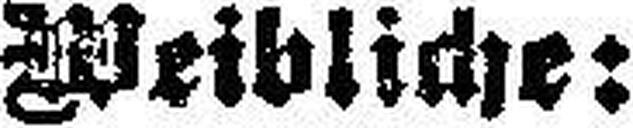
Weibliche: